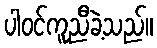
ပါဝင်ကူညီခဲ့သည်။